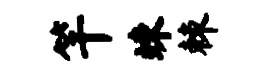
竿竦棘